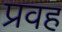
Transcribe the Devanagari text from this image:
प्रवह